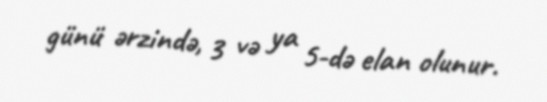
günü ərzində, 3 və ya 5-də elan olunur.